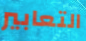
التعابير